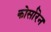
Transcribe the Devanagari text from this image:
कोर्सारेन